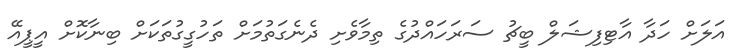
އަލަށް ހަދާ އާޓިފިޝަލް ބީޗު ސަރަހައްދުގެ ތިމާވެށި ދެނެގަތުމަށް ތަހުގީގުތަކަށް ބިނާކޮށް އީޕީއޭ